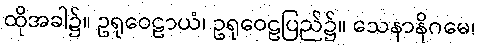
ထိုအခါ၌။ ဥရုဝေဠာယံ၊ ဥရုဝေဠပြည်၌။ သေနာနိဂမေ၊